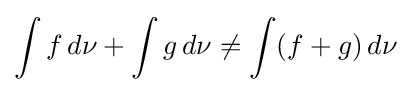
\int f\,d\nu +\int g\,d\nu \neq \int (f+g)\,d\nu